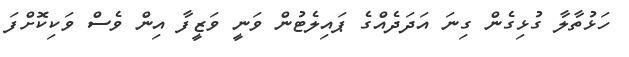
ހަޅުތާލާ ގުޅިގެން ގިނަ އަދަދެއްގެ ޕައިލެޓުން ވަނީ ވަޒީފާ އިން ވެސް ވަކިކޮށްފަ